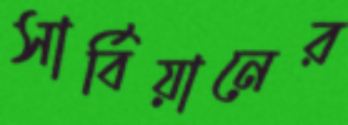
সার্বিয়ানের